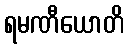
ရမဏီယောတိ